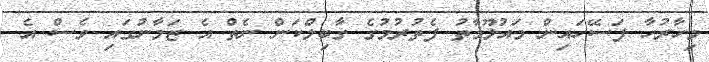
މިހާރުހާ ފަސޭހައިން މައުލޫމާތު ފެތުރުމުގެ ގާބިލްކަން ނެތް އެ ޒަމާނުގައި ވެސް އެ